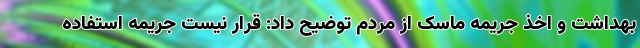
بهداشت و اخذ جریمه ماسک از مردم توضیح داد: قرار نیست جریمه استفاده